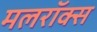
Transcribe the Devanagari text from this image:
मलरॉक्स